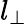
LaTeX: l_{\bot}